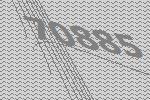
70885